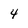
Character: 4